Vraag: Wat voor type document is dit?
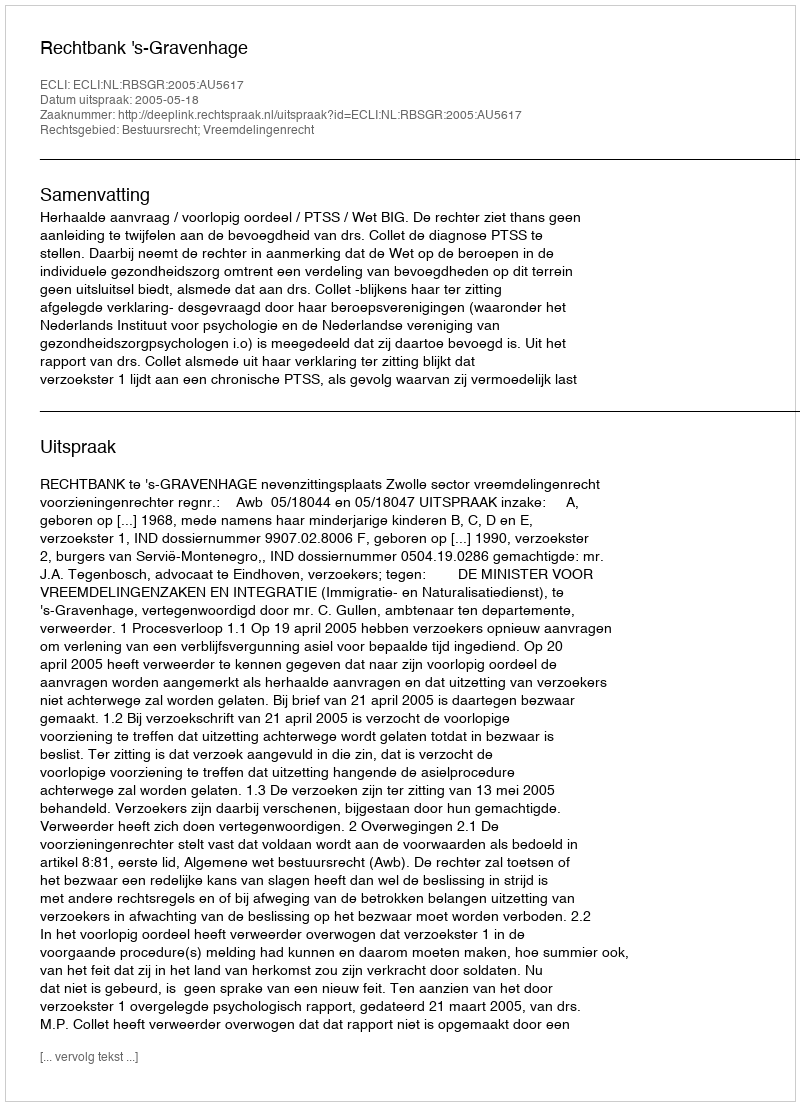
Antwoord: Uitspraak